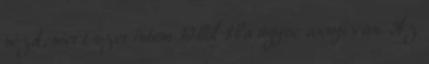
nézd, mert szerintem 10ből 8ba úgyse annyi van. Az